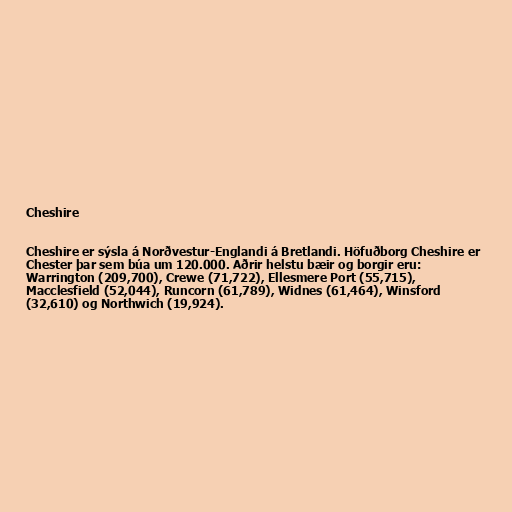
Cheshire

Cheshire er sýsla á Norðvestur-Englandi á Bretlandi. Höfuðborg Cheshire er
Chester þar sem búa um 120.000. Aðrir helstu bæir og borgir eru:
Warrington (209,700), Crewe (71,722), Ellesmere Port (55,715),
Macclesfield (52,044), Runcorn (61,789), Widnes (61,464), Winsford
(32,610) og Northwich (19,924).